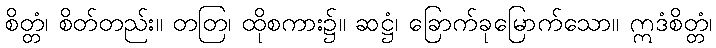
စိတ္တံ၊ စိတ်တည်း။ တတြ၊ ထိုစကား၌။ ဆဋ္ဌံ၊ ခြောက်ခုမြောက်သော။ ဣဒံစိတ္တံ၊